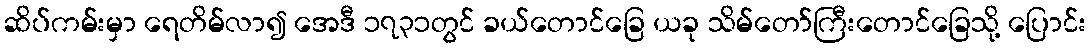
ဆိပ်ကမ်းမှာ ရေတိမ်လာ၍ အေဒီ ၁၇၃၁တွင် ခယ်တောင်ခြေ ယခု သိမ်တော်ကြီးတောင်ခြေသို့ ပြောင်း